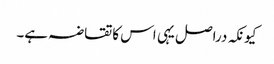
کیونکہ دراصل یہی اس کاتقاضہ ہے۔